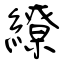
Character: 繚